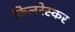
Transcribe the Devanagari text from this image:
किलरेस्कर